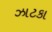
ઝાટકા